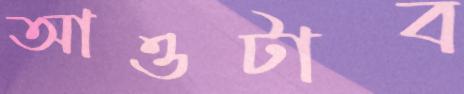
আওটাব